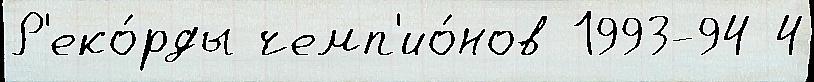
Р'еко́рды чемп'ио́нов 1993-94 4